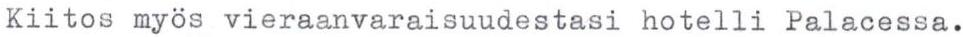
Kiitos myös vieraanvaraisuudestasi hotelli Palacessa.